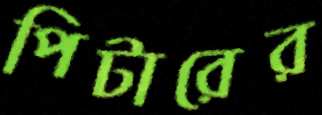
পিটারের